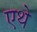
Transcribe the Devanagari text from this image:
एथे